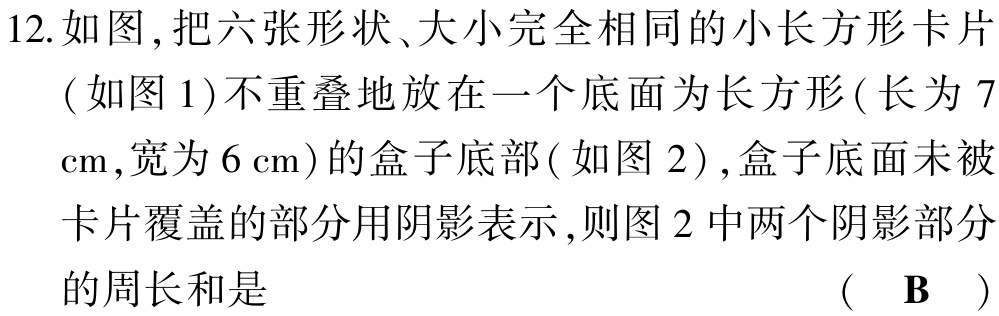
12. 如图，把六张形状、大小完全相同的小长方形卡片（如图 1）不重叠地放在一个底面为长方形（长为 7

cm,宽为 6 cm）的盒子底部（如图 2）, 盒子底面未被

卡片覆盖的部分用阴影表示, 则图 2 中两个阴影部分

的周长和是 （ B ）